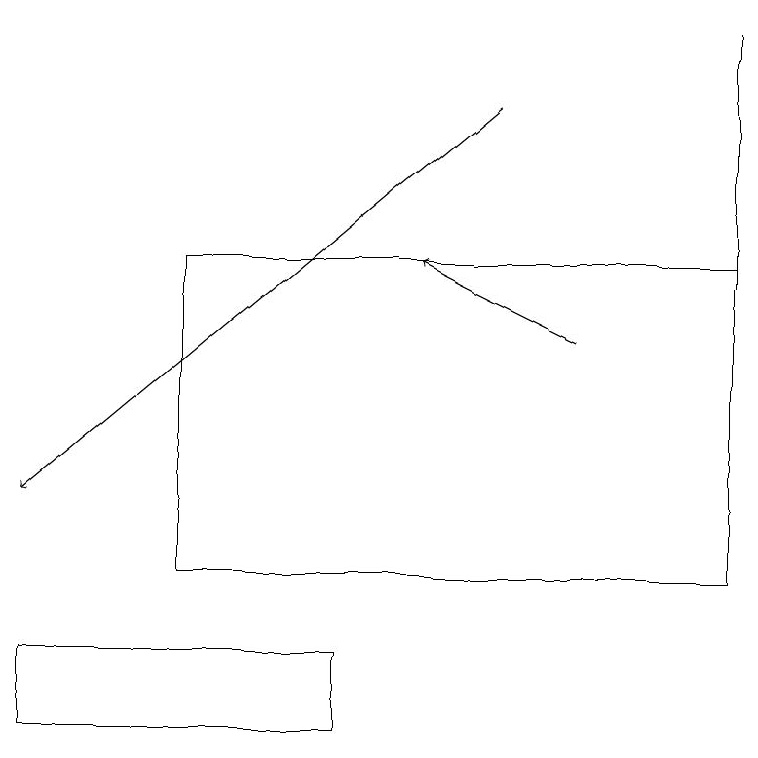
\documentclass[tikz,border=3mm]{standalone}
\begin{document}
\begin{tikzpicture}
\draw[->] (7,15) -- (5,16);
\draw (9,19) rectangle (9,12);
\draw (2,16) rectangle (9,12);
\draw[->] (6,18) -- (0,13);
\draw (4,10) rectangle (0,11);
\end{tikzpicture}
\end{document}